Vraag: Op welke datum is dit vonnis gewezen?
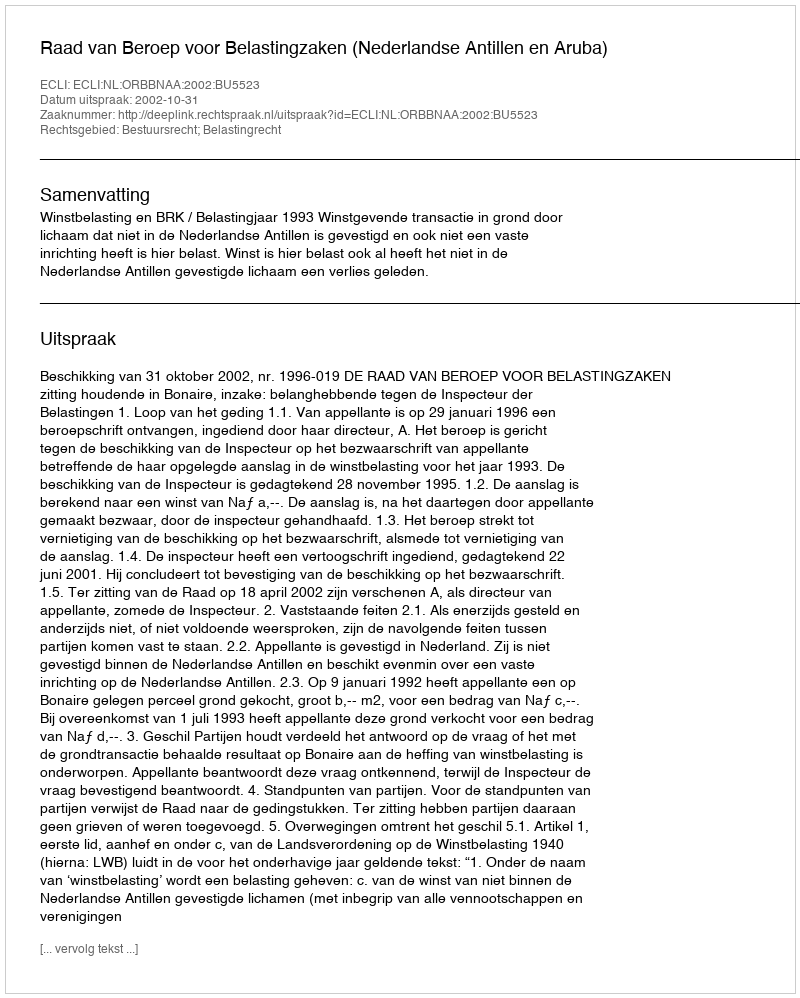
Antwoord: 2002-10-31